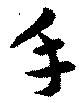
手